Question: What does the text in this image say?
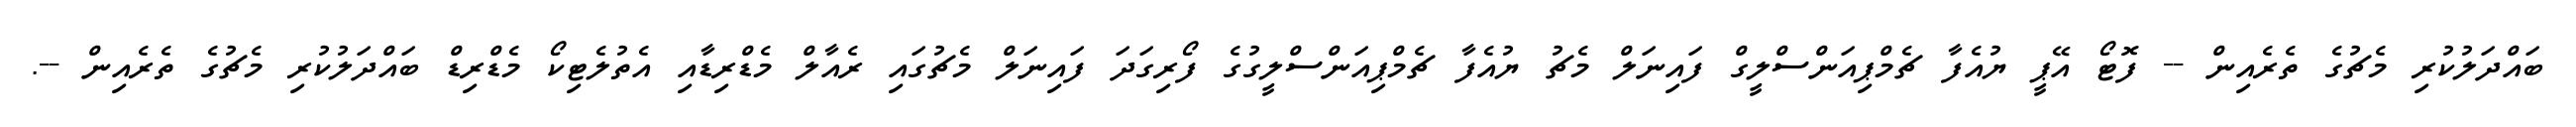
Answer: ބައްދަލުކުރި މެޗުގެ ތެރެއިން -- ފޮޓޯ އޭޕީ ޔުއެފާ ޗެމްޕިއަންސްލީގް ފައިނަލް މެޗު ޔުއެފާ ޗެމްޕިއަންސްލީގުގެ ފޯރިގަދަ ފައިނަލް މެޗުގައި ރެއާލް މެޑްރިޑާއި އެތުލެޓިކޯ މެޑްރިޑް ބައްދަލުކުރި މެޗުގެ ތެރެއިން --.